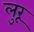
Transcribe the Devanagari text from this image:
लुरू